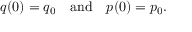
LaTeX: q ( 0 ) = q _ { 0 } \quad \mathrm { a n d } \quad p ( 0 ) = p _ { 0 } .